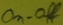
Text: On-off